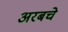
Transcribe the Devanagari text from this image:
अरबचे